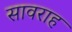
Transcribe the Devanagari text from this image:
सावराह